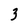
Character: 3